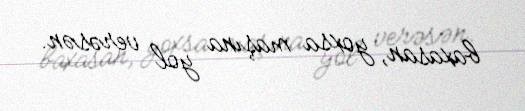
baxasan, yoxsa maşına yol verəsən.